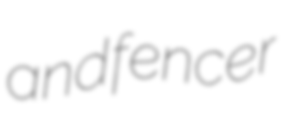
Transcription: and fencer